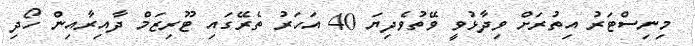
މިނިސްޓަރު އިތުރަށް ވިދާޅުވީ ވޭތުވެދިޔަ 40 އަހަރު ތެރޭގައި ޓޫރިޒަމް ދާއިރާއިން ހޯދި